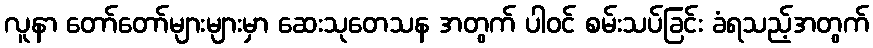
လူနာ တော်တော်များများမှာ ဆေးသုတေသန အတွက် ပါဝင် စမ်းသပ်ခြင်း ခံရသည့်အတွက်